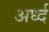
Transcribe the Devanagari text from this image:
अर्ध्द